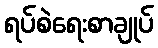
ရပ်စဲရေးစာချုပ်